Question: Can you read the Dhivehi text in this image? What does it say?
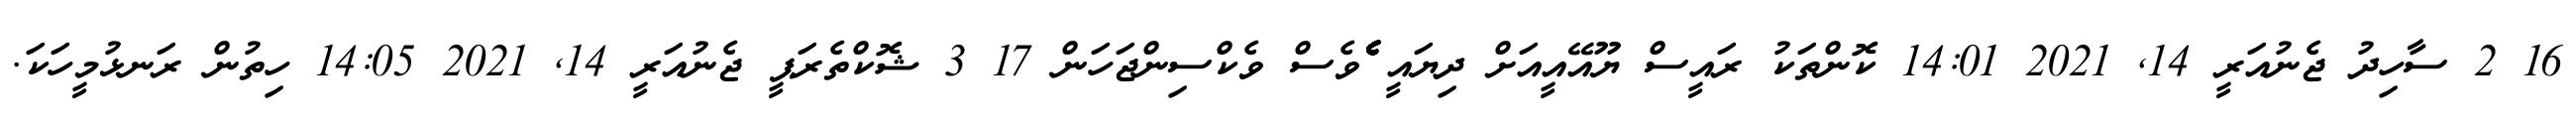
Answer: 16 2 ސާހިދު ޖެނުއަރީ 14, 2021 14:01 ކޮންތަކު ރައީސް ޔޫއޭއީއަށް ދިޔައީ ެެެެެެެެެެެެެެެެެެެެެެެެެެެެެެެެެެެެެެެެެެެެެެެެެެެެެެެެވެސް ވެކްސިންޖަހަން 17 3 ޝޮކްތެރަޕީ ޖެނުއަރީ 14, 2021 14:05 ހިތުން ރަނޅުމީހަކަ.